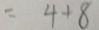
= 4 + 8